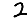
Digit: 2